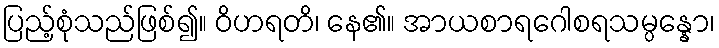
ပြည့်စုံသည်ဖြစ်၍။ ဝိဟရတိ၊ နေ၏။ အာယစာရဂေါစရသမ္ပန္နော၊